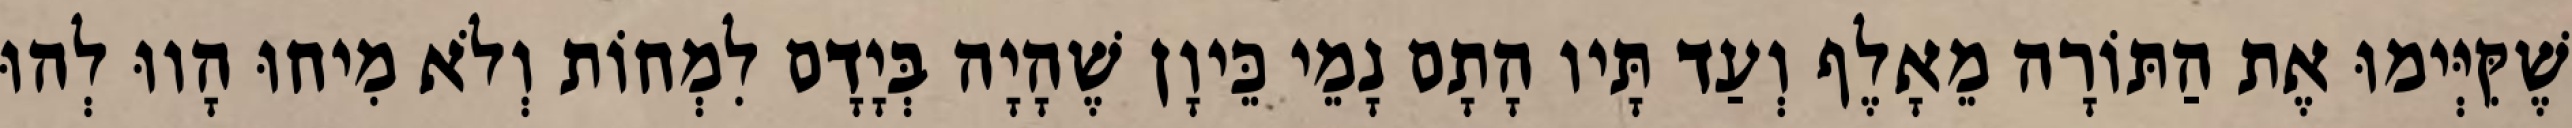
שֶׁקִּיְּימוּ אֶת הַתּוֹרָה מֵאָלֶף וְעַד תָּיו הָתָם נָמֵי כֵּיוָן שֶׁהָיָה בְּיָדָם לִמְחוֹת וְלֹא מִיחוּ הָווּ לְהוּ